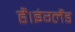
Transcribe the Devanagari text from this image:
हैं।इंग्लैंड